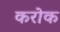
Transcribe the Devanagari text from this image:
करोक